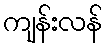
ကျန်းလန်